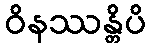
ဝိနဿန္တိပိ